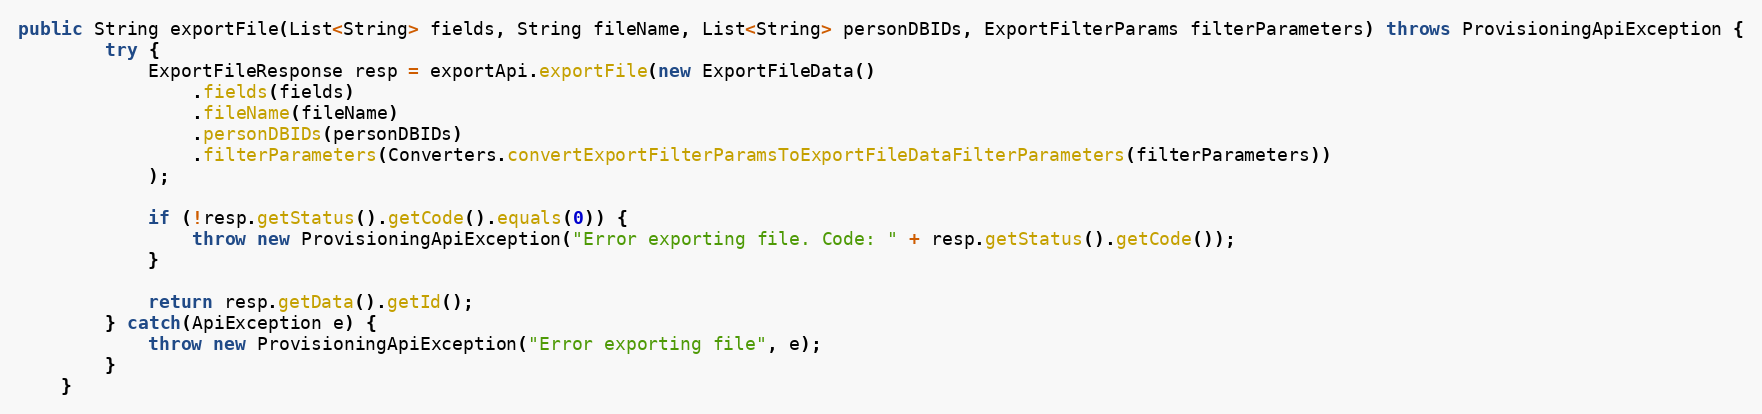
Language: Java
public String exportFile(List<String> fields, String fileName, List<String> personDBIDs, ExportFilterParams filterParameters) throws ProvisioningApiException {
		try {
			ExportFileResponse resp = exportApi.exportFile(new ExportFileData()
				.fields(fields)
				.fileName(fileName)
				.personDBIDs(personDBIDs)
				.filterParameters(Converters.convertExportFilterParamsToExportFileDataFilterParameters(filterParameters))
			);

			if (!resp.getStatus().getCode().equals(0)) {
				throw new ProvisioningApiException("Error exporting file. Code: " + resp.getStatus().getCode());
			}

			return resp.getData().getId();
        } catch(ApiException e) {
        	throw new ProvisioningApiException("Error exporting file", e);
        }
	}